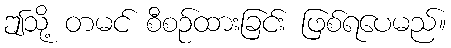
ဤသို့ တမင် စီစဉ်ထားခြင်း ဖြစ်ရပေမည်။